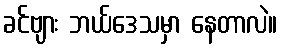
ခင်ဗျား ဘယ်ဒေသမှာ နေတာလဲ။